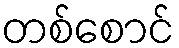
တစ်စောင်